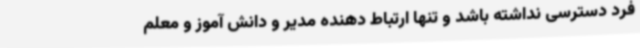
فرد دسترسی نداشته باشد و تنها ارتباط دهنده مدیر و دانش آموز و معلم